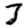
Digit: 3